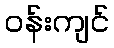
ဝန်းကျင်